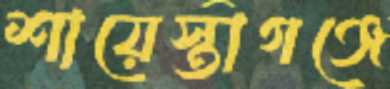
শায়েস্তাগঞ্জে